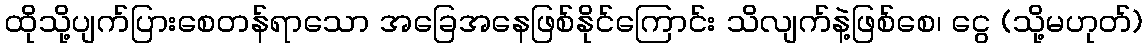
ထိုသို့ပျက်ပြားစေတန်ရာသော အခြေအနေဖြစ်နိုင်ကြောင်း သိလျက်နဲ့ဖြစ်စေ၊ ငွေ (သို့မဟုတ်)